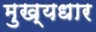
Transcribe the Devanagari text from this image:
मुख्यधार